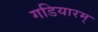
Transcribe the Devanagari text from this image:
गडियारम्